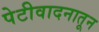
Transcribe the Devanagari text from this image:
पेटीवादनातून